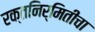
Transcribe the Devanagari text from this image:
रक्तनिर्मितीचा